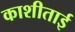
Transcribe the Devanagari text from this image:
काशीताई